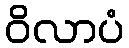
ဝိလာပံ